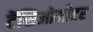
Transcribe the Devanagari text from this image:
टेंसिओमीटर